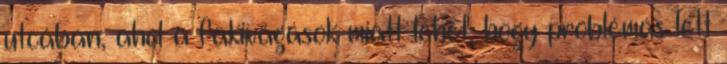
utcában, ahol a fakivágások miatt lehet, hogy problémás lett